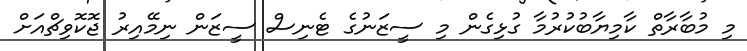
މި މުބާރާތް ކާމިޔާބުކުރުމާ ގުޅިގެން މި ސީޒަނުގެ ޓެނިސް ސީޒަން ނިމޭއިރު ޖޮކޮވިޗްއަށް